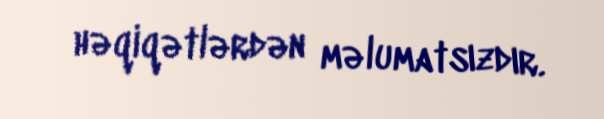
həqiqətlərdən məlumatsızdır.